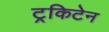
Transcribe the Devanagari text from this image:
ट्रकिटेन